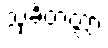
သုခိတတ္တာ